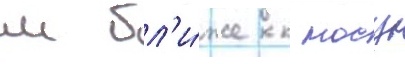
м бл'и́же к носу